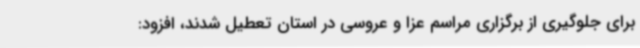
برای جلوگیری از برگزاری مراسم عزا و عروسی در استان تعطیل شدند، افزود: